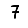
Digit: 7